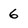
Character: 6